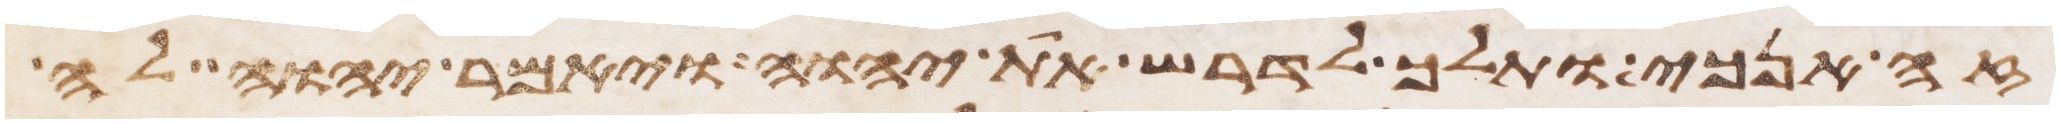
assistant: זה אנכי ותלך לדרש את יהוה ויאמר יהוה לה